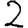
Digit: 2